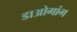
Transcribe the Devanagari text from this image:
डाओगांग